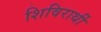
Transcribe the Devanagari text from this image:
शिविरार्थी